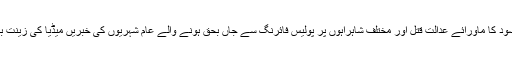
نقیب اﷲ محسود کا ماورائے عدالت قتل اور مختلف شاہراہوں پر پولیس فائرنگ سے جاں بحق ہونے والے عام شہریوں کی خبریں میڈیا کی زینت بنتی رہی ہیں۔